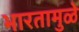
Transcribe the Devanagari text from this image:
भारतामुळे